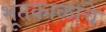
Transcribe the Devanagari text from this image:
भूतकाळाचे